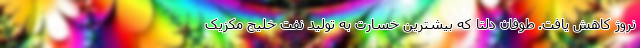
نروژ کاهش یافت. طوفان دلتا که بیشترین خسارت به تولید نفت خلیج مکزیک